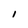
Character: I